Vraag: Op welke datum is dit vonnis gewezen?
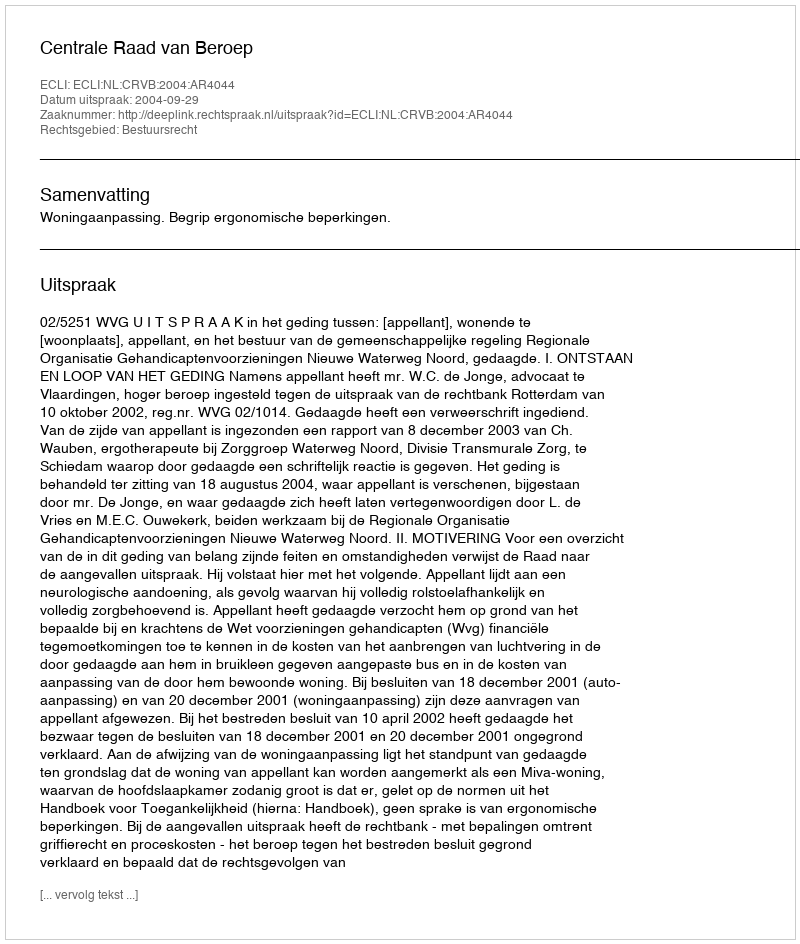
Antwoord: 2004-09-29